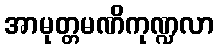
အာမုတ္တမဏိကုဏ္ဍလာ